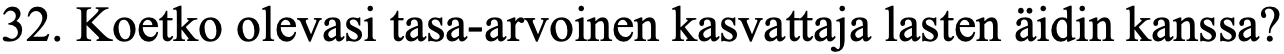
32. Koetko olevasi tasa-arvoinen kasvattaja lasten äidin kanssa?